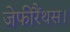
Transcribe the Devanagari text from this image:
जेफीरैंथस।